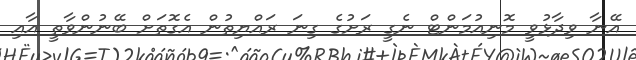
އޭނާ ވިދާޅުވީ މޮނިއުމަންޓް ނެގީ ރަށުގެ ގިނަ ރައްޔިތުން އެގޮތަށް ބޭނުންވާތީ އާއި